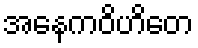
အနေကဝိဟိတေ